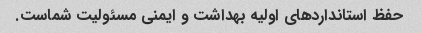
حفظ استانداردهای اولیه بهداشت و ایمنی مسئولیت شماست.